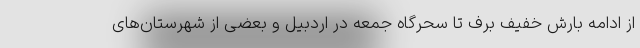
از ادامه بارش خفیف برف تا سحرگاه جمعه در اردبیل و بعضی از شهرستان‌های